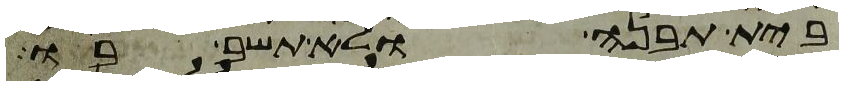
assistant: בית תבנה ולא תשב בו